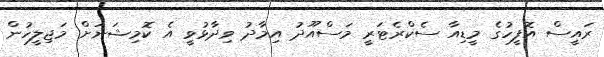
ރައީސް އޮފީހުގެ މީޑިއާ ސެކްރެޓަރީ މަސްއޫދު އިމާދު ވިދާޅުވީ އެ ކޮމިޝަނަށް މަޖިލީހުން